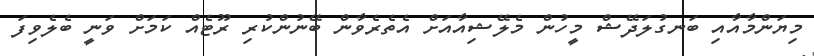
މިޔަންމާއާއި ބަނގުލަދޭޝް މީހުން މެލޭޝިއާއަށް އެތެރެވާން ބޭނުންކުރި ރޫޓެއް ކަމަށް ވަނީ ބެލެވިފަ